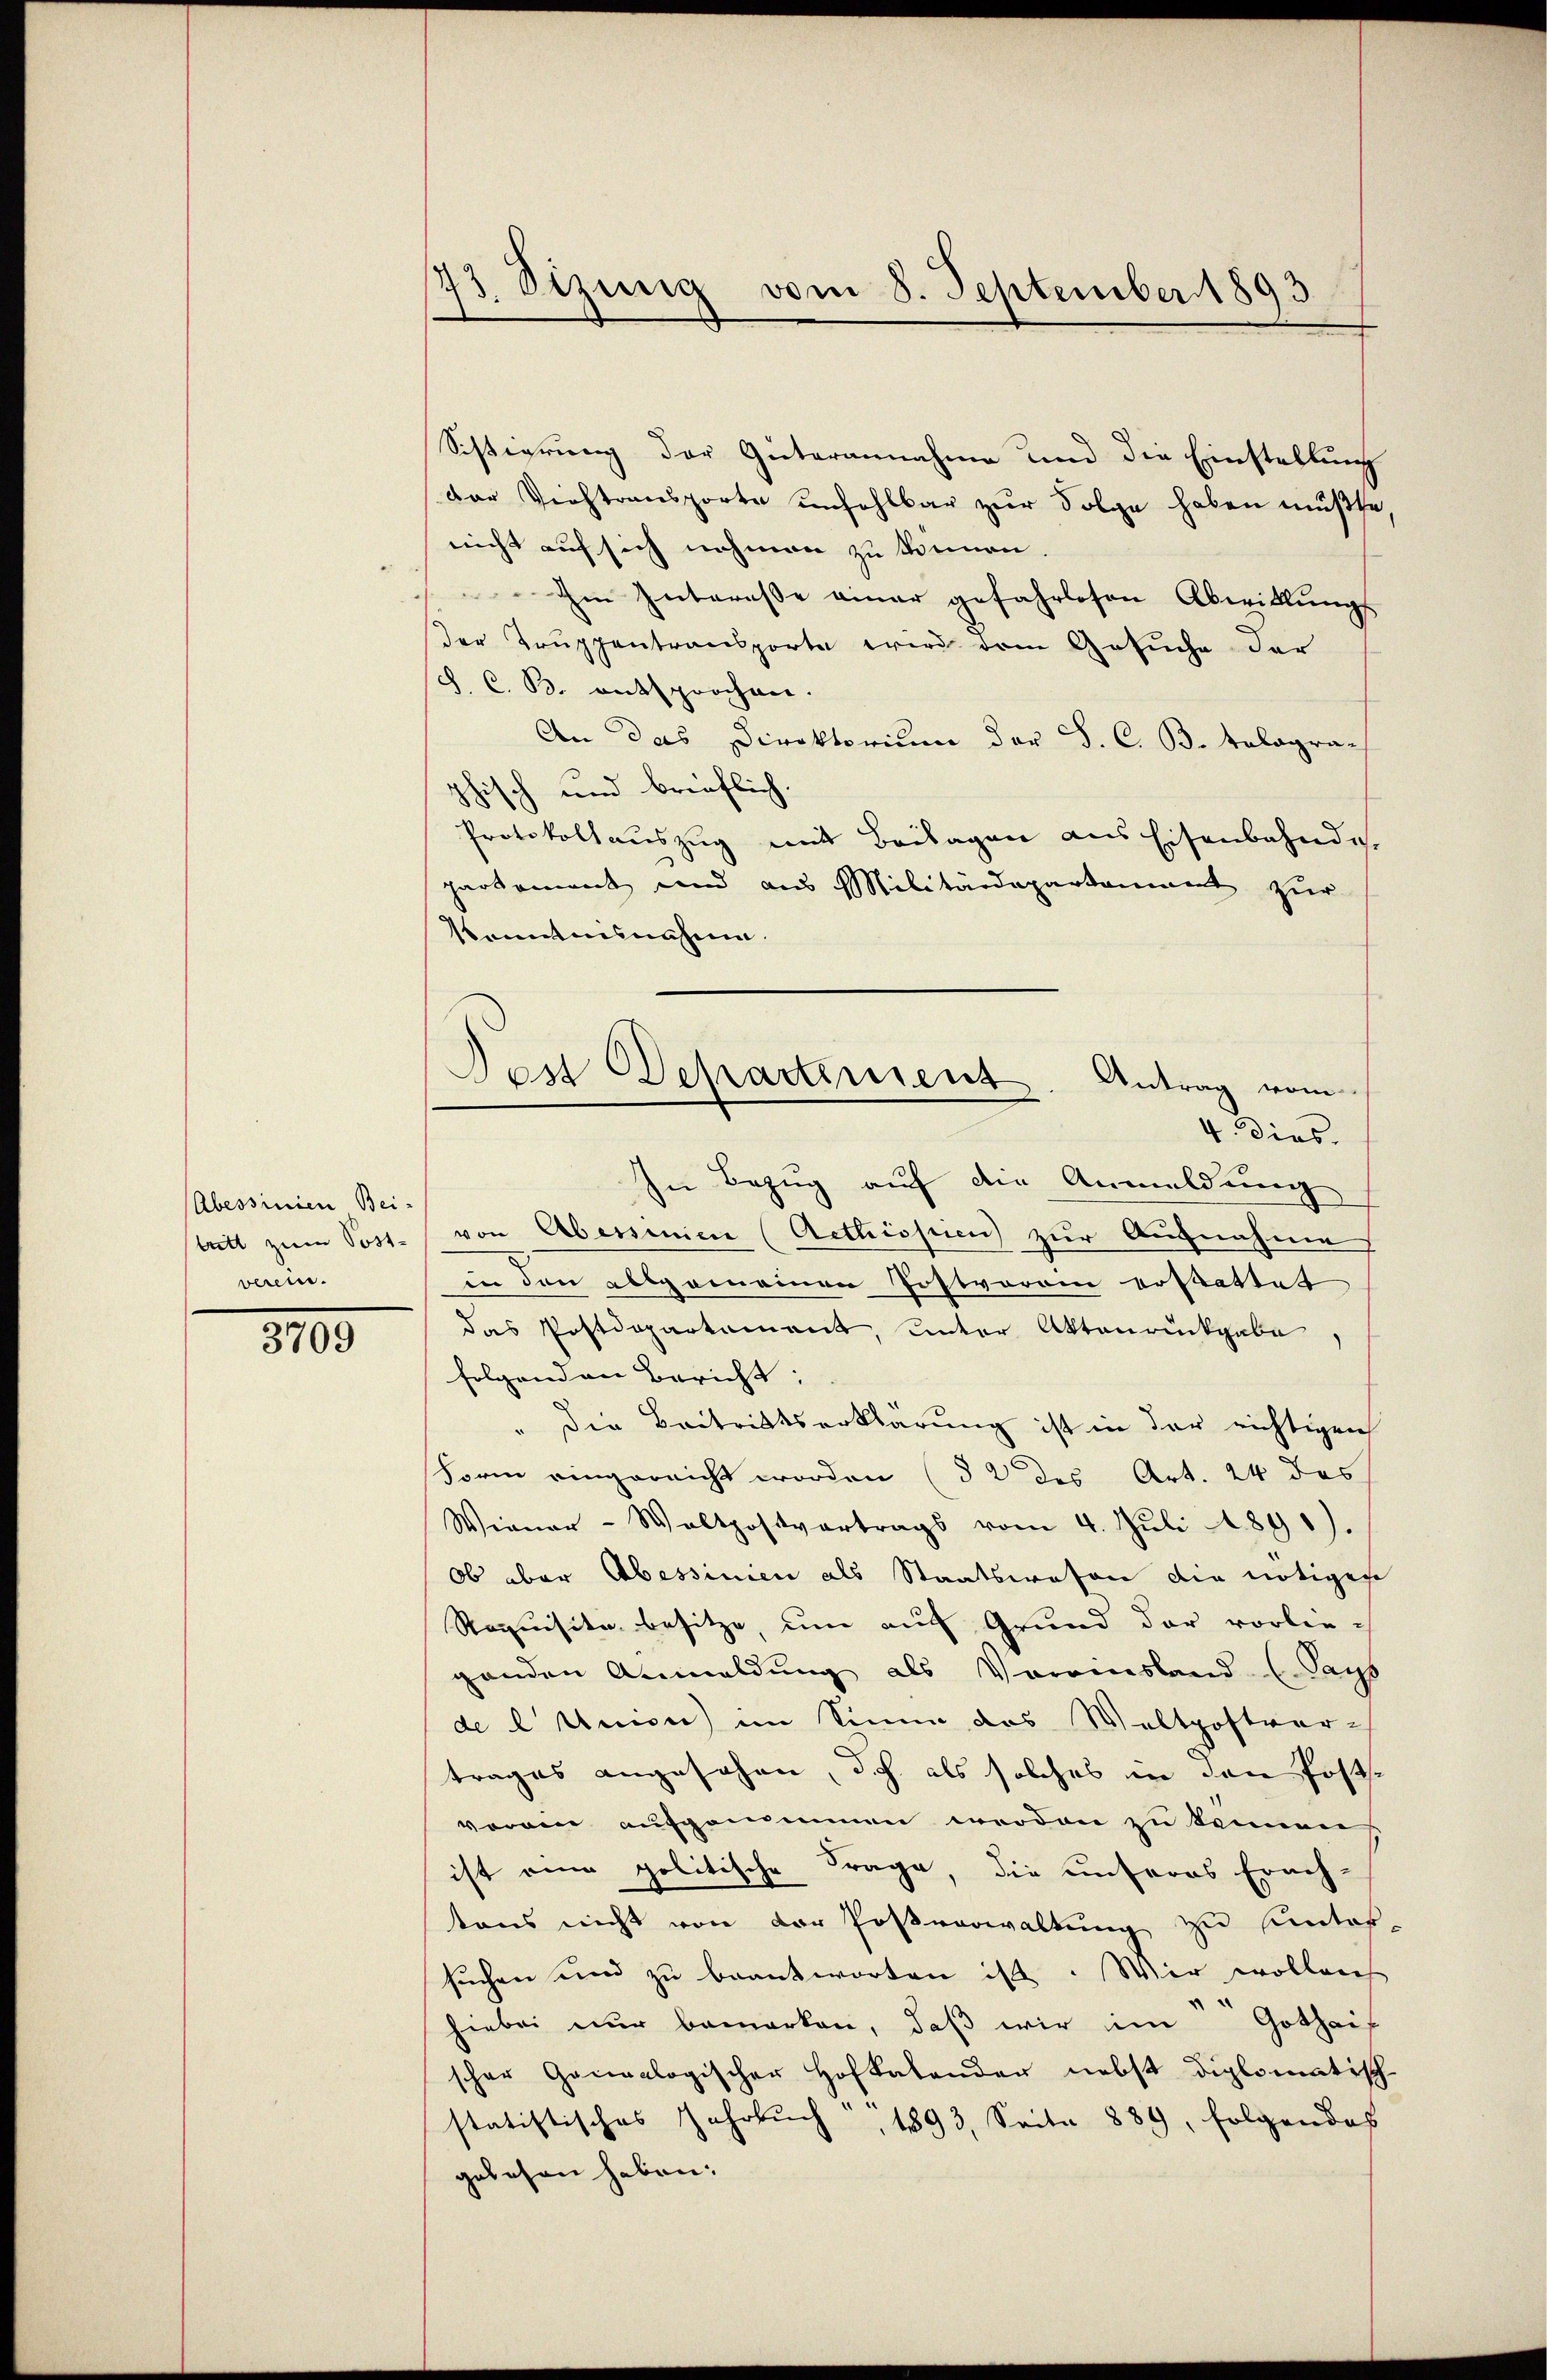
Abessinien Bei-
tritt zum Post-
verei.

3709

73. Sizung vom 8. September 1893.

Sistierung der Güterannahme und die Einstellung
der Viehtransporte unfehlbar zŭr Folge haben müßte
nicht auf sich nehmen zu können.
Im Interesse einer gefahrlosen Abwicklungs
der Truppentransporte wird dem Gesuche der
S. C. B. entsprochen.
An das Direktorium der S. C. B. tolographisch und brieflich.
Protokollauszug mit Beilagen aus Eisenbahndi
partement und aus Militärdepartaument zur
Kenntnisnahme.
In Bezug auf die Anmeldung
von Abessenen (Aethispien zur Aufnahme
in den allgemeinen Postvoroin erstattet
das Postdepartament, unter Aktenrückgabe,
folgenden Bericht:
" die Beitrittserklärung ist in der richtigen
Form eingereicht worden (§ 2 des Art. 24 des
Wiener-Waltpostvertrags vom 4. Jŭli 1890).
Ob aber Abessinien als Staatswesen die nötigen
Roquisite besitze, um auf Grund der vorlie-
ganden Anmeldung als Voransland (Pays
de Union im Sinne das Waltpostver-
trages angesehen, doch als solches in den Postvorgen aufgenommen werden zu kennen
ist ein politische Frage, die unseres Erach-
tons nicht von der Postverwaltung zu unter
suchen und zu beantworten ist. Wir wollen
hiebei nur bemerken, daß wir im Gothaif
scher Ganalogischer Hofkalonder nebst diplomatisch
statistisches Jahrbuch, 1893, Seite 889, folgendes
gesehen haben.

Jes Departement. Antrag vom
4. dies